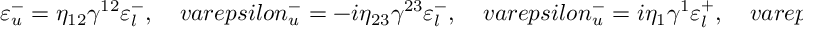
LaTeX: \varepsilon _ { u } ^ { - } = \eta _ { 1 2 } \gamma ^ { 1 2 } \varepsilon _ { l } ^ { - } , \ \ \ \ \, v a r e p s i l o n _ { u } ^ { - } = - i \eta _ { 2 3 } \gamma ^ { 2 3 } \varepsilon _ { l } ^ { - } , \ \ \ \ \, v a r e p s i l o n _ { u } ^ { - } = i \eta _ { 1 } \gamma ^ { 1 } \varepsilon _ { l } ^ { + } , \ \ \ \ \, v a r e p s i l o n _ { u } ^ { - } = - \eta _ { 3 } \gamma ^ { 3 } \varepsilon _ { l } ^ { + } .